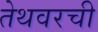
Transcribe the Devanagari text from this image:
तेथवरची